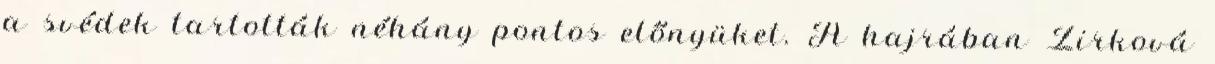
a svédek tartották néhány pontos előnyüket. A hajrában Zirková